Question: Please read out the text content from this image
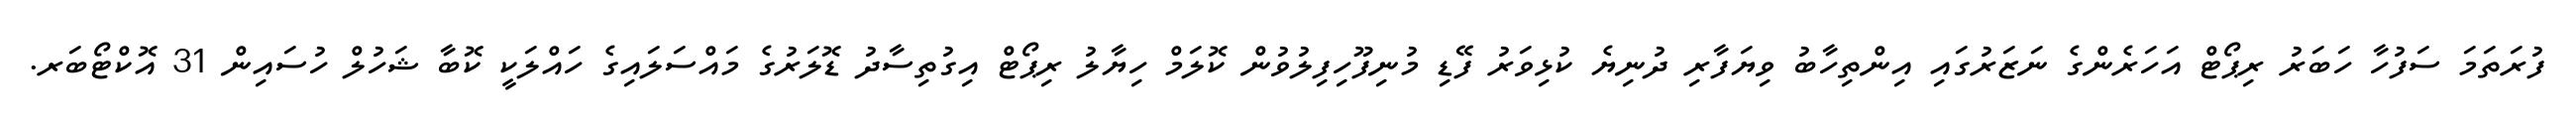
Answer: ފުރަތަމަ ސަފުހާ ހަބަރު ރިޕޯޓް އަހަރެންގެ ނަޒަރުގައި އިންތިހާބު ވިޔަފާރި ދުނިޔެ ކުޅިވަރު ފޭޑި މުނިފޫހިފިލުވުން ކޮލަމް ހިޔާލު ރިޕޯޓް އިގުތިސާދު ޑޮލަރުގެ މައްސަލައިގެ ހައްލަކީ ކޮބާ ޝަހުލް ހުސައިން 31 އޮކްޓޯބަރ.